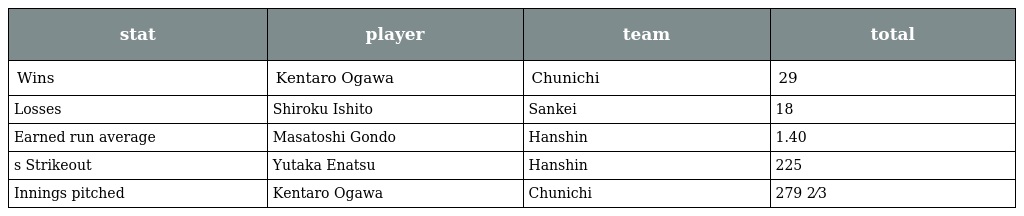
| stat | player | team | total |
 | --- | --- | --- | --- |
 | Wins | Kentaro Ogawa | Chunichi | 29 |
 | Losses | Shiroku Ishito | Sankei | 18 |
 | Earned run average | Masatoshi Gondo | Hanshin | 1.40 |
 | s Strikeout | Yutaka Enatsu | Hanshin | 225 |
 | Innings pitched | Kentaro Ogawa | Chunichi | 279 2⁄3 |